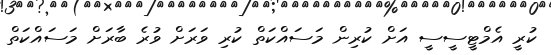
ކުރީ އެމްޓީސީސީ އަށް ކުރިން މަސައްކަތް ކުރި ވަރަށް ވުރެ ބާރަށް މަސައްކަތް